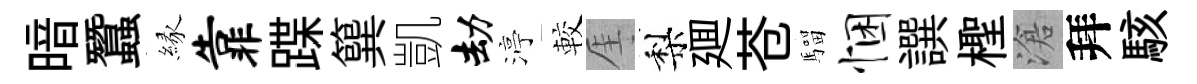
暗蠶縁靠蹀簨凱劫渟較厓梨廽苍騮悃譔檉滄拜駭